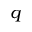
_ { q }